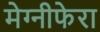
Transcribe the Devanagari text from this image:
मेग्‍नीफेरा